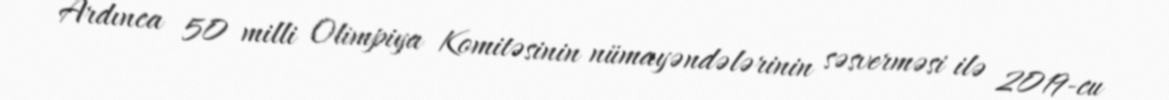
Ardınca 50 milli Olimpiya Komitəsinin nümayəndələrinin səsverməsi ilə 2019-cu